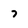
Character: 7